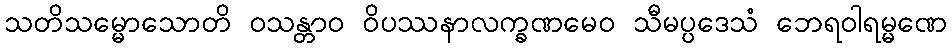
သတိသမ္မောသောတိ ဝသန္တာဝ ဝိပဿနာလက္ခဏမေဝ သီမပ္ပဒေသံ ဘေရဝါရမ္မဏေ